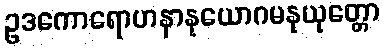
ဥဒကောရောဟနာနုယောဂမနုယုတ္တော